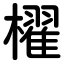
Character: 櫂